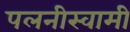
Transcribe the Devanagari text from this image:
पलनीस्वामी